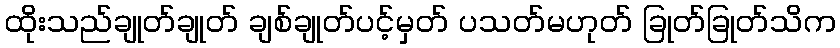
ထိုးသည်ချုတ်ချုတ် ချစ်ချုတ်ပင့်မှတ် ပသတ်မဟုတ် ခြုတ်ခြုတ်သိက